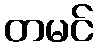
တမင်